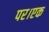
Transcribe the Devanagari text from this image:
पर।एक